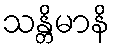
သန္တိမာနိ